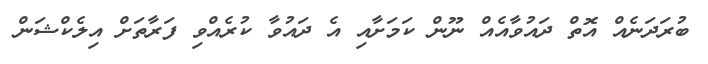
ބުރަދަނެއް އޮތް ދައުވާއެއް ނޫން ކަމަށާއި އެ ދައުވާ ކުރެއްވި ފަރާތަށް އިލެކްޝަން